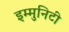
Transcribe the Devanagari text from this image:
इम्मुनिटी